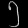
Digit: ၅